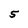
Character: 5